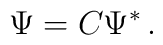
\Psi={C}\Psi^{\ast}\,.